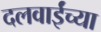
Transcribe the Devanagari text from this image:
दलवाईंच्या